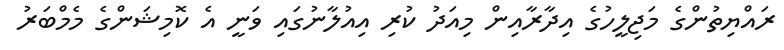
ރައްޔިތުންގެ މަޖިލީހުގެ އިދާރާއިން މިއަދު ކުރި އިއުލާނުގައި ވަނީ އެ ކޮމިޝަންގެ މެމްބަރު